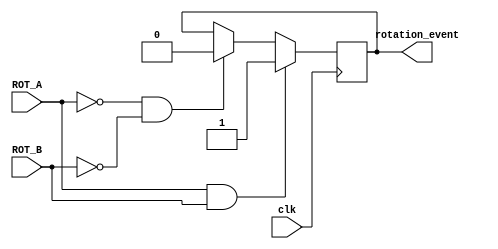
`timescale 1ns / 1ps
//////////////////////////////////////////////////////////////////////////////////
// Company: 
// Engineer: 
// 
// Design Name: 
// Module Name:    detect 
// Project Name: 
// Target Devices: 
// Tool versions: 
// Description: 
//
// Dependencies: 
//
// Revision: 
// Revision 0.01 - File Created
// Additional Comments: 
//
//////////////////////////////////////////////////////////////////////////////////
module detect_rotation(clk,ROT_A,ROT_B,rotation_event);

    input clk,ROT_A,ROT_B;
    output rotation_event;
    reg rotation_event;
    always@(posedge clk)
    begin
    if(ROT_A==1&&ROT_B==1)
    rotation_event<=1;
    else if(ROT_A==0 & ROT_B==0)
    rotation_event<=0;
    end

endmodule